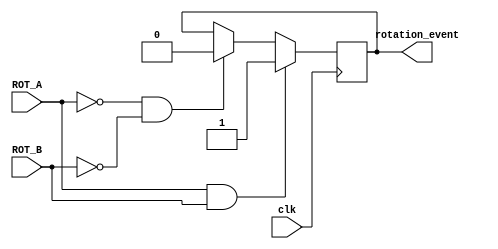
`timescale 1ns / 1ps
//////////////////////////////////////////////////////////////////////////////////
// Company: 
// Engineer: 
// 
// Design Name: 
// Module Name:    detect 
// Project Name: 
// Target Devices: 
// Tool versions: 
// Description: 
//
// Dependencies: 
//
// Revision: 
// Revision 0.01 - File Created
// Additional Comments: 
//
//////////////////////////////////////////////////////////////////////////////////
module detect_rotation(clk,ROT_A,ROT_B,rotation_event);

    input clk,ROT_A,ROT_B;
    output rotation_event;
    reg rotation_event;
    always@(posedge clk)
    begin
    if(ROT_A==1&&ROT_B==1)
    rotation_event<=1;
    else if(ROT_A==0 & ROT_B==0)
    rotation_event<=0;
    end

endmodule